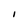
Character: I